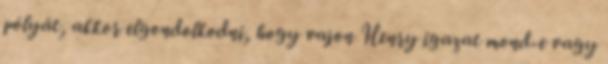
pólyát, akkor elgondolkodni, hogy vajon Henry igazat mond-e vagy